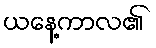
ယနေ့ကာလ၏